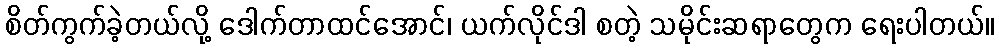
စိတ်ကွက်ခဲ့တယ်လို့ ဒေါက်တာထင်အောင်၊ ယက်လိုင်ဒါ စတဲ့ သမိုင်းဆရာတွေက ရေးပါတယ်။